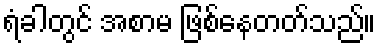
ရံခါတွင် အစာမ ဖြစ်နေတတ်သည်။